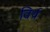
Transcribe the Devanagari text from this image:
विर्थ